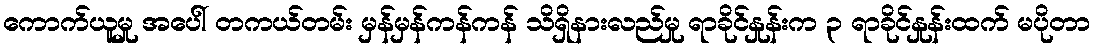
ကောက်ယူမှု အပေါ် တကယ်တမ်း မှန်မှန်ကန်ကန် သိရှိနားလည်မှု ရာခိုင်နှုန်းက ၃ ရာခိုင်နှုန်းထက် မပိုတာ